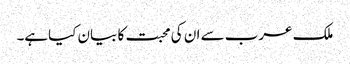
ملک عرب سے ان کی محبت کا بیان کیاہے۔